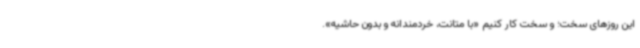
این روزهای سخت؛ و سخت کار کنیم «با متانت، خردمندانه و بدون حاشیه».